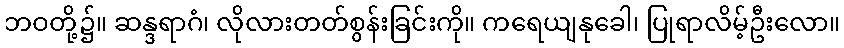
ဘဝတို့၌။ ဆန္ဒရာဂံ၊ လိုလားတတ်စွန်းခြင်းကို။ ကရေယျနုခေါ၊ ပြုရာလိမ့်ဦးလော။